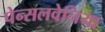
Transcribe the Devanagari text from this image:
पेन्सलवेनिया